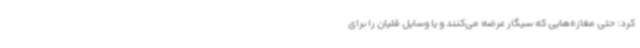
کرد: حتی مغازه‌هایی که سیگار عرضه می‌کنند و یا وسایل قلیان را برای